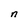
Character: n